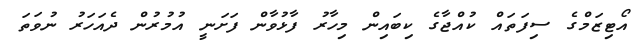
އޯޓިޒަމްގެ ސިފަތައް ކުއްޖާގެ ކިބައިން މިހާރު ފާޅުވާން ފަށަނީ އުމުރުން ދެއަހަރު ނުވަތަ